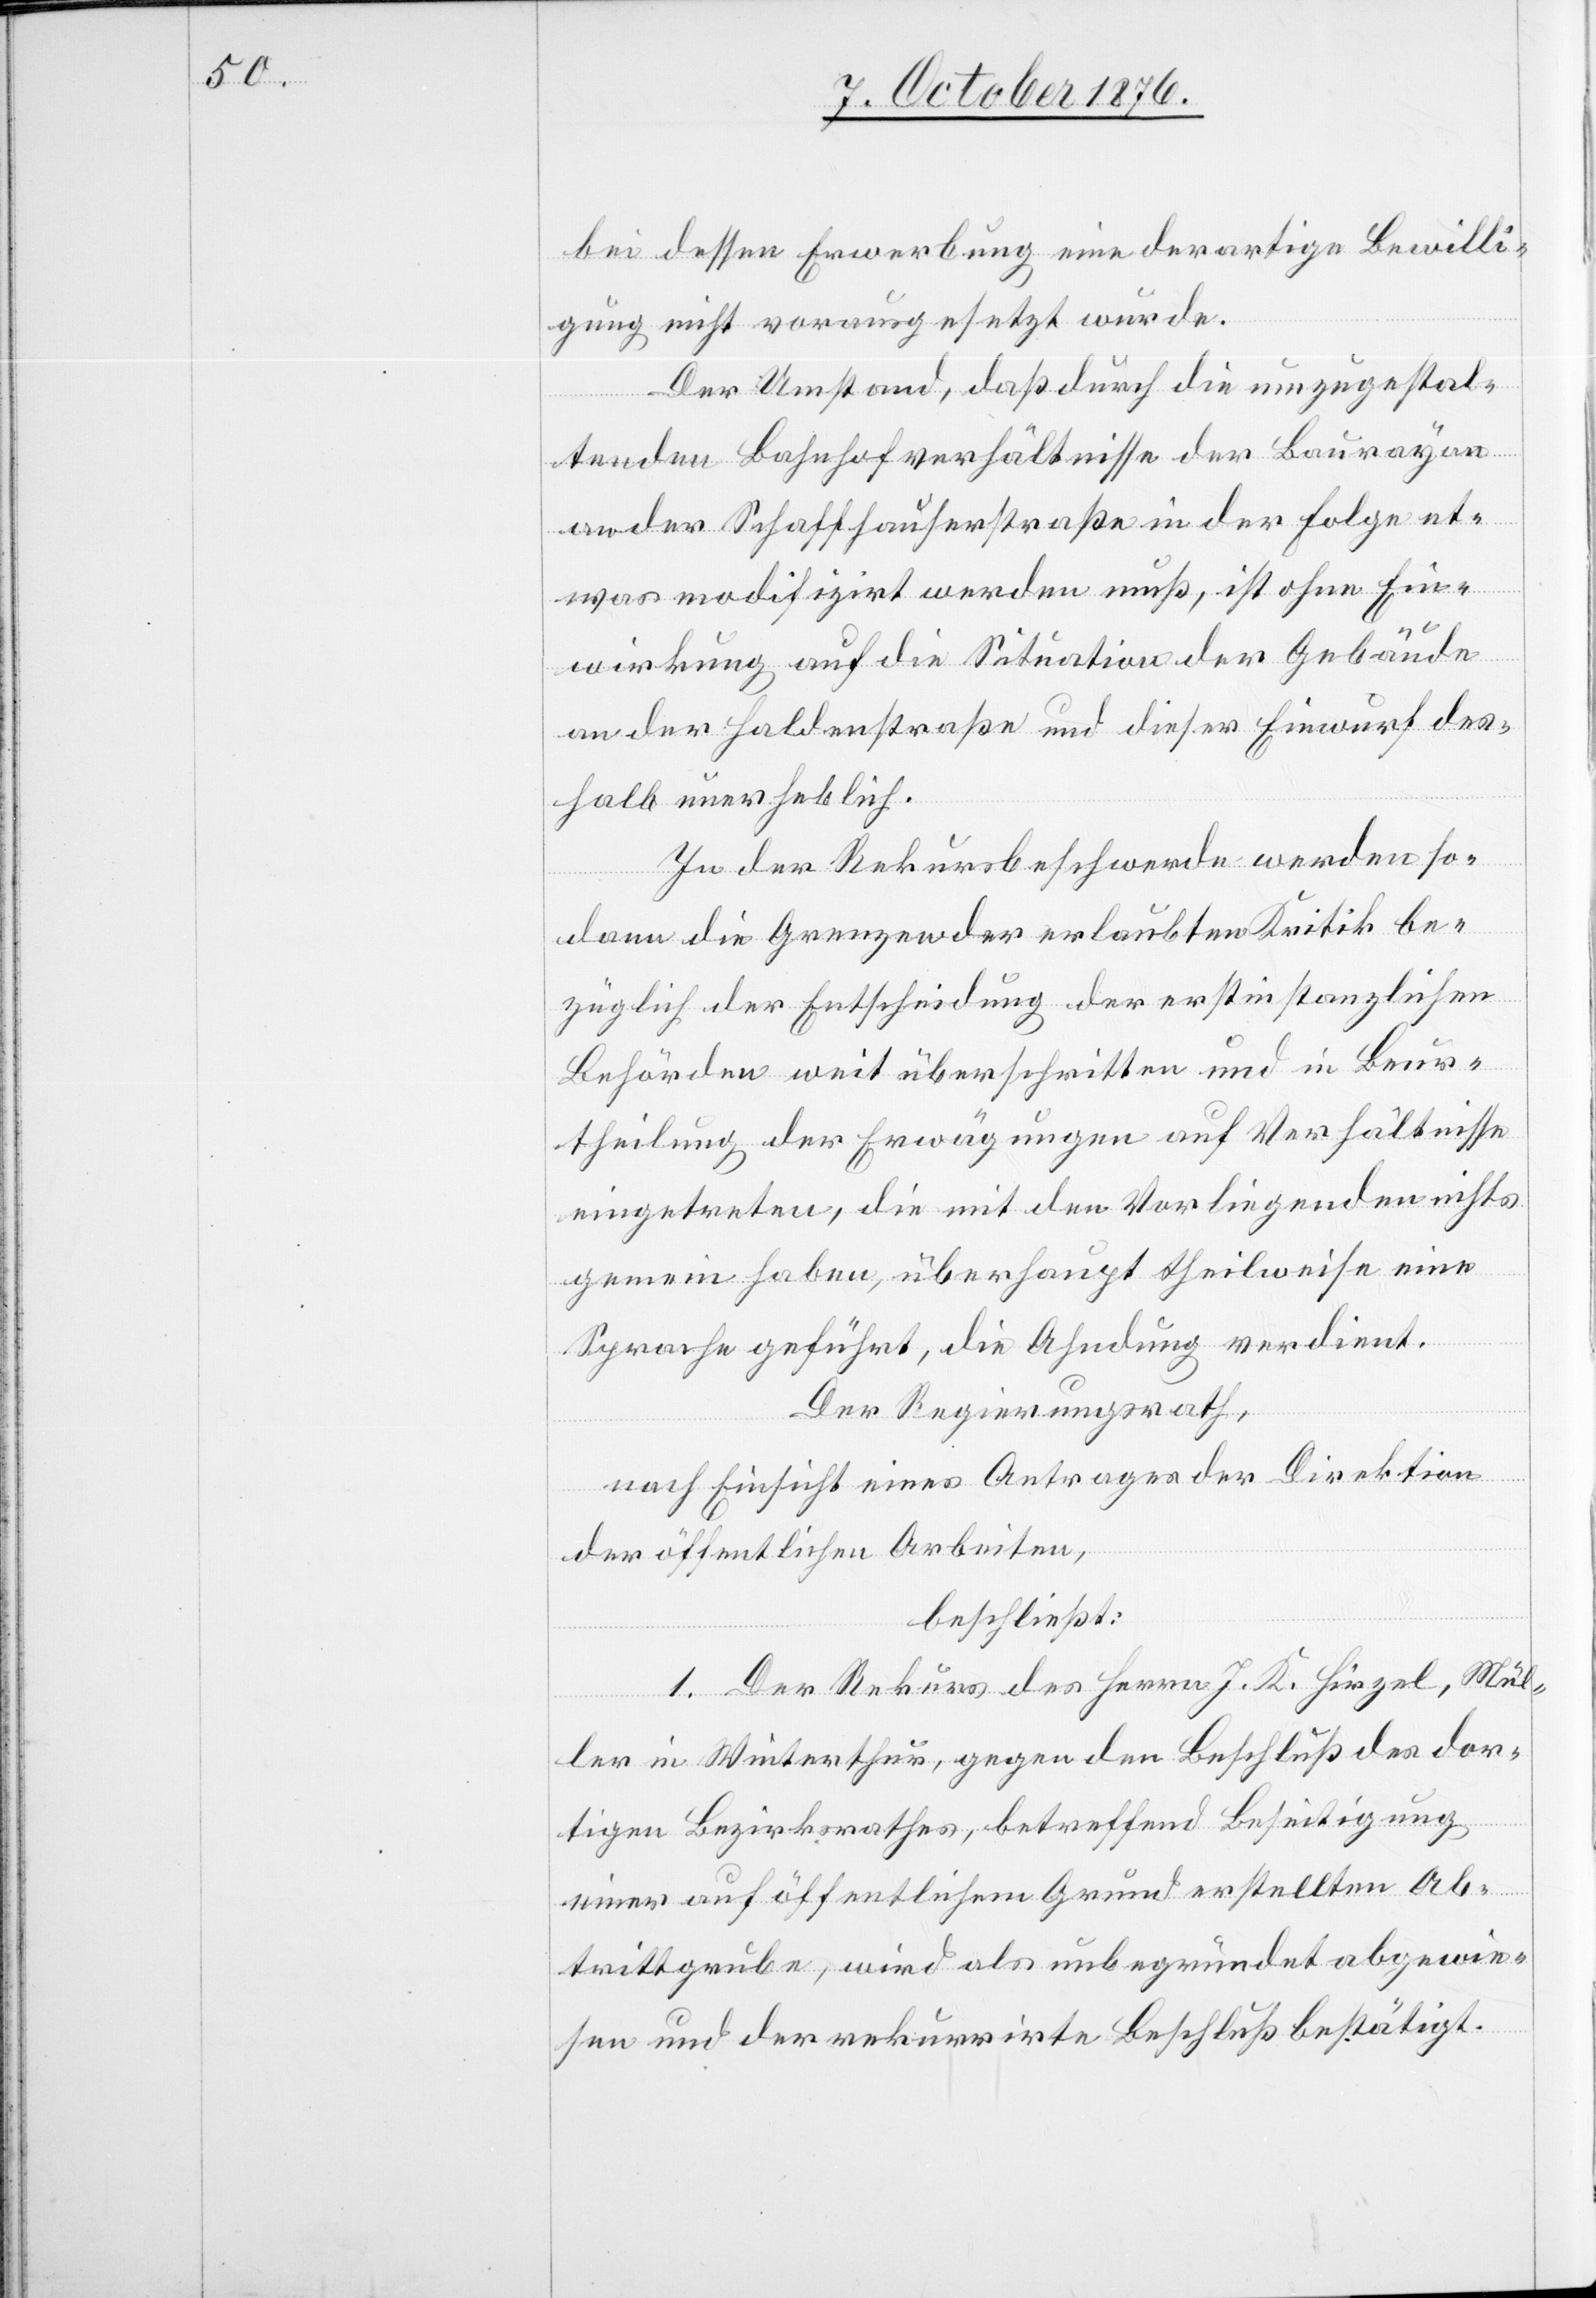
bei dessen Erwerbung eine derartige Bewilli¬
gung nicht vorausgesetzt wurde.
Der Umstand, daß durch die umzugestal¬
tenden Bahnhofverhältnisse der Baurayon
an der Schaffhauserstraße in der Folge et¬
was modifizirt werden muß, ist ohne Ein¬
wirkung auf die Situation der Gebäude
an der Haldenstraße und dieser Einwurf des¬
halb unerheblich.
In der Rekursbeschwerde werden so¬
dann die Grenzen der erlaubten Kritik be¬
züglich der Entscheidung der erstinstanzlichen
Behörden weit überschritten und in Beur¬
theilung der Erwägungen auf Verhältnisse
eingetreten, die mit den Vorliegenden nichts
gemein haben, überhaupt theilweise eine
Sprache geführt, die Ahndung verdient.
Der Regierungsrath,
nach Einsicht eines Antrages der Direktion
der öffentlichen Arbeiten,
beschließt:
1. Der Rekurs des Herrn J. K. Hirzel, Mül¬
ler in Winterthur, gegen den Beschluß des dor¬
tigen Bezirksrathes, betreffend Beseitigung
einer auf öffentlichem Grund erstellten Ab¬
trittgrube, wird als unbegründet abgewie¬
sen und der rekurrirte Beschluß bestätigt.